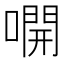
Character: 𫫭